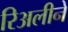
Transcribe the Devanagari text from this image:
रिअलीने